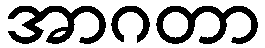
အာဂတာ